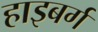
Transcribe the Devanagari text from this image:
हाइबर्ग